Papers set at the Examination for Leaving Certificates, 1890
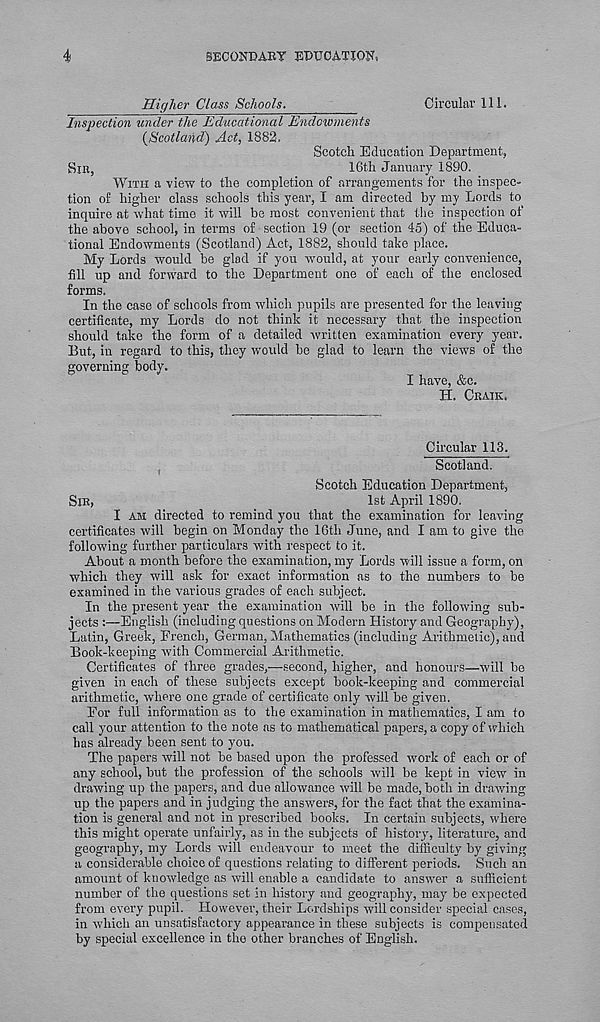
4
SECONDARY EDUCATION-,
Higher Class Schools.
Circular 111.
Inspection under the Educational Endowments
{Scotland) Act, 1882.
Scotch Education Department,
Sin,
16th January 1890.
WITH a view to the completion of arrangements for the inspec-
tion of higher class schools this year, I am directed by my Lords to
inquire at what time it will be most convenient that the inspection of
the above school, in terms of section 19 (or section 45) of the Educa-
tional Endowments (Scotland) Act, 1882, should take place.
My Lords would be glad if you would, at your early convenience,
fill up and forward to the Department one of each of the enclosed
forms.
In the case of schools from which pupils are presented for the leaving
certificate, my Lords do not think it necessary that the inspection
should take the form of a detailed written examination every year.
But, in regard to this, they would be glad to learn the views of the
governing body.
I have, &c.
H. CRAIK.
Circular 113.
Scotland.
Scotch Education Department,
SIR,
1st April 1890.
I AM directed to remind you that the examination for leaving
certificates will begin on Monday the 16th June, and I am to give the
following further particulars with respect to it.
About a month before the examination, my Lords will issue a form, on
which they will ask for exact information as to the numbers to be
examined in the various grades of each subject.
In the present year the examination will be in the following sub-
jects :—English (including questions on Modern History and Geography),
Latin, Greek, French, German, Mathematics (including Arithmetic), and
Book-keeping with Commercial Arithmetic.
Certificates of three grades,—second, higher, and honours—will be
given in each of these subjects except book-keeping and commercial
arithmetic, where one grade of certificate only will be given.
For full information as to the examination in mathematics, I am to
call your attention to the note as to mathematical papers, a copy of which
has already been sent to you.
The papers will not be based upon the professed work of each or of
any school, but the profession of the schools will be kept in view in
drawing up the papers, and due allowance will be made, both in drawing
up the papers and in judging the answers, for the fact that the examina-
tion is general and not in prescribed books. In certain subjects, where
this might operate unfairly, as in the subjects of history, literature, and
geography, my Lords will endeavour to meet the difficulty by giving
a considerable choice of questions relating to different periods. Such an
amount of knowledge as will enable a candidate to answer a sufficient
number of the questions set in history and geography, may be expected
from every pupil. However, their Lordships will consider special cases,
in which an unsatisfactory appearance in these subjects is compensated
by special excellence in tho other branches of English.